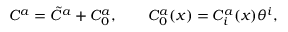
C ^ { a } = \tilde { C } ^ { a } + C _ { 0 } ^ { a } , \quad \quad C _ { 0 } ^ { a } ( x ) = C _ { i } ^ { a } ( x ) \theta ^ { i } ,